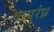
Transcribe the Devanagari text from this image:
वायुरंध्र